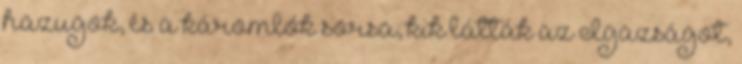
hazugok, és a káromlók sorsa; kik látták az Igazságot,